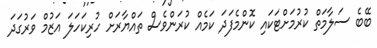
ބޭބެ ސަލާމަތް ކުރުމަށްޓަކައި ކޮންމެފަދަ ކަމެއް ކުރަންވެސް ތައްޔާރަށް ހުރިކަހަލަ އަޒުމް ވަރުގަދަ